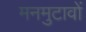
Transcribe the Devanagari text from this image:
मनमुटावों